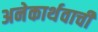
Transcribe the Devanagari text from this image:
अनेकार्थवाची